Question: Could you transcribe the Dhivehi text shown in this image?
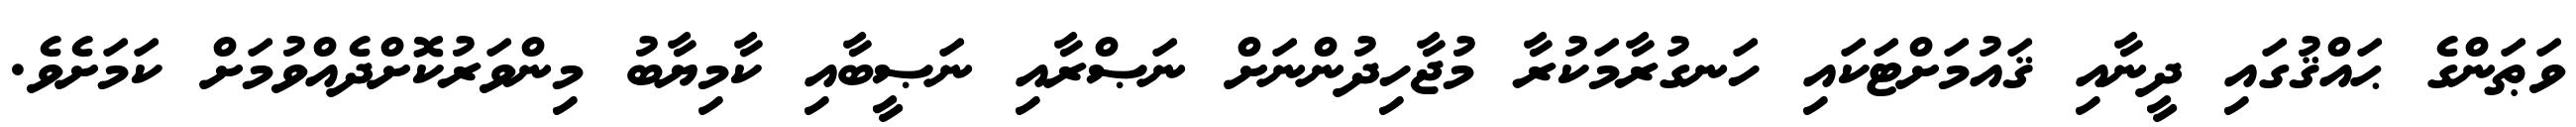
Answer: ވަޠަންގެ ޙައްޤުގައި ދީނާއި ޤައުމަށްޓަކައި ހަނގުރާމަކުރާ މުޖާހިދުންނަށް ނަޞްރާއި ނަޞީބާއި ކާމިޔާބު މިންވަރުކޮށްދެއްވުމަށް ކަމަށެވެ.